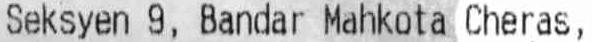
SEKSYEN 9, BANDAR MAHKOTA CHERAS,